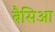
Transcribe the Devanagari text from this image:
बैसिआ